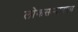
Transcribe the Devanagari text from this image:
लोकसन्मानाला